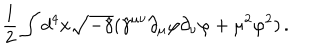
LaTeX: { \frac { 1 } { 2 } } \int d ^ { 4 } x \sqrt { - \hat { \gamma } } ( \hat { \gamma } ^ { \mu \nu } \partial _ { \mu } \varphi \partial _ { \nu } \varphi + \mu ^ { 2 } \varphi ^ { 2 } ) \, .